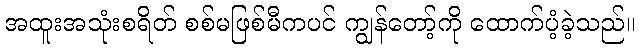
အထူးအသုံးစရိတ် စစ်မဖြစ်မီကပင် ကျွန်တော့်ကို ထောက်ပံ့ခဲ့သည်။